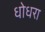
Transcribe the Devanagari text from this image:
धोधरा